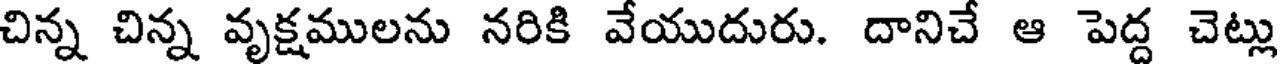
చిన్న చిన్న వృక్షములను నరికి వేయుదురు. దానిచే ఆ పెద్ద చెట్లు